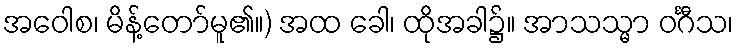
အဝေါစ၊ မိန့်တော်မူ၏။) အထ ခေါ၊ ထိုအခါ၌။ အာသသ္မာ ဝင်္ဂီသ၊